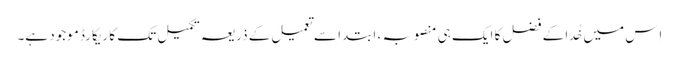
اِس میں خُدا کے فضل کا ایک ہی منصوبہ ، ابتدا سے تعمیل کے ذریعہ تکمیل تک کا ریکارڈ موجود ہے۔